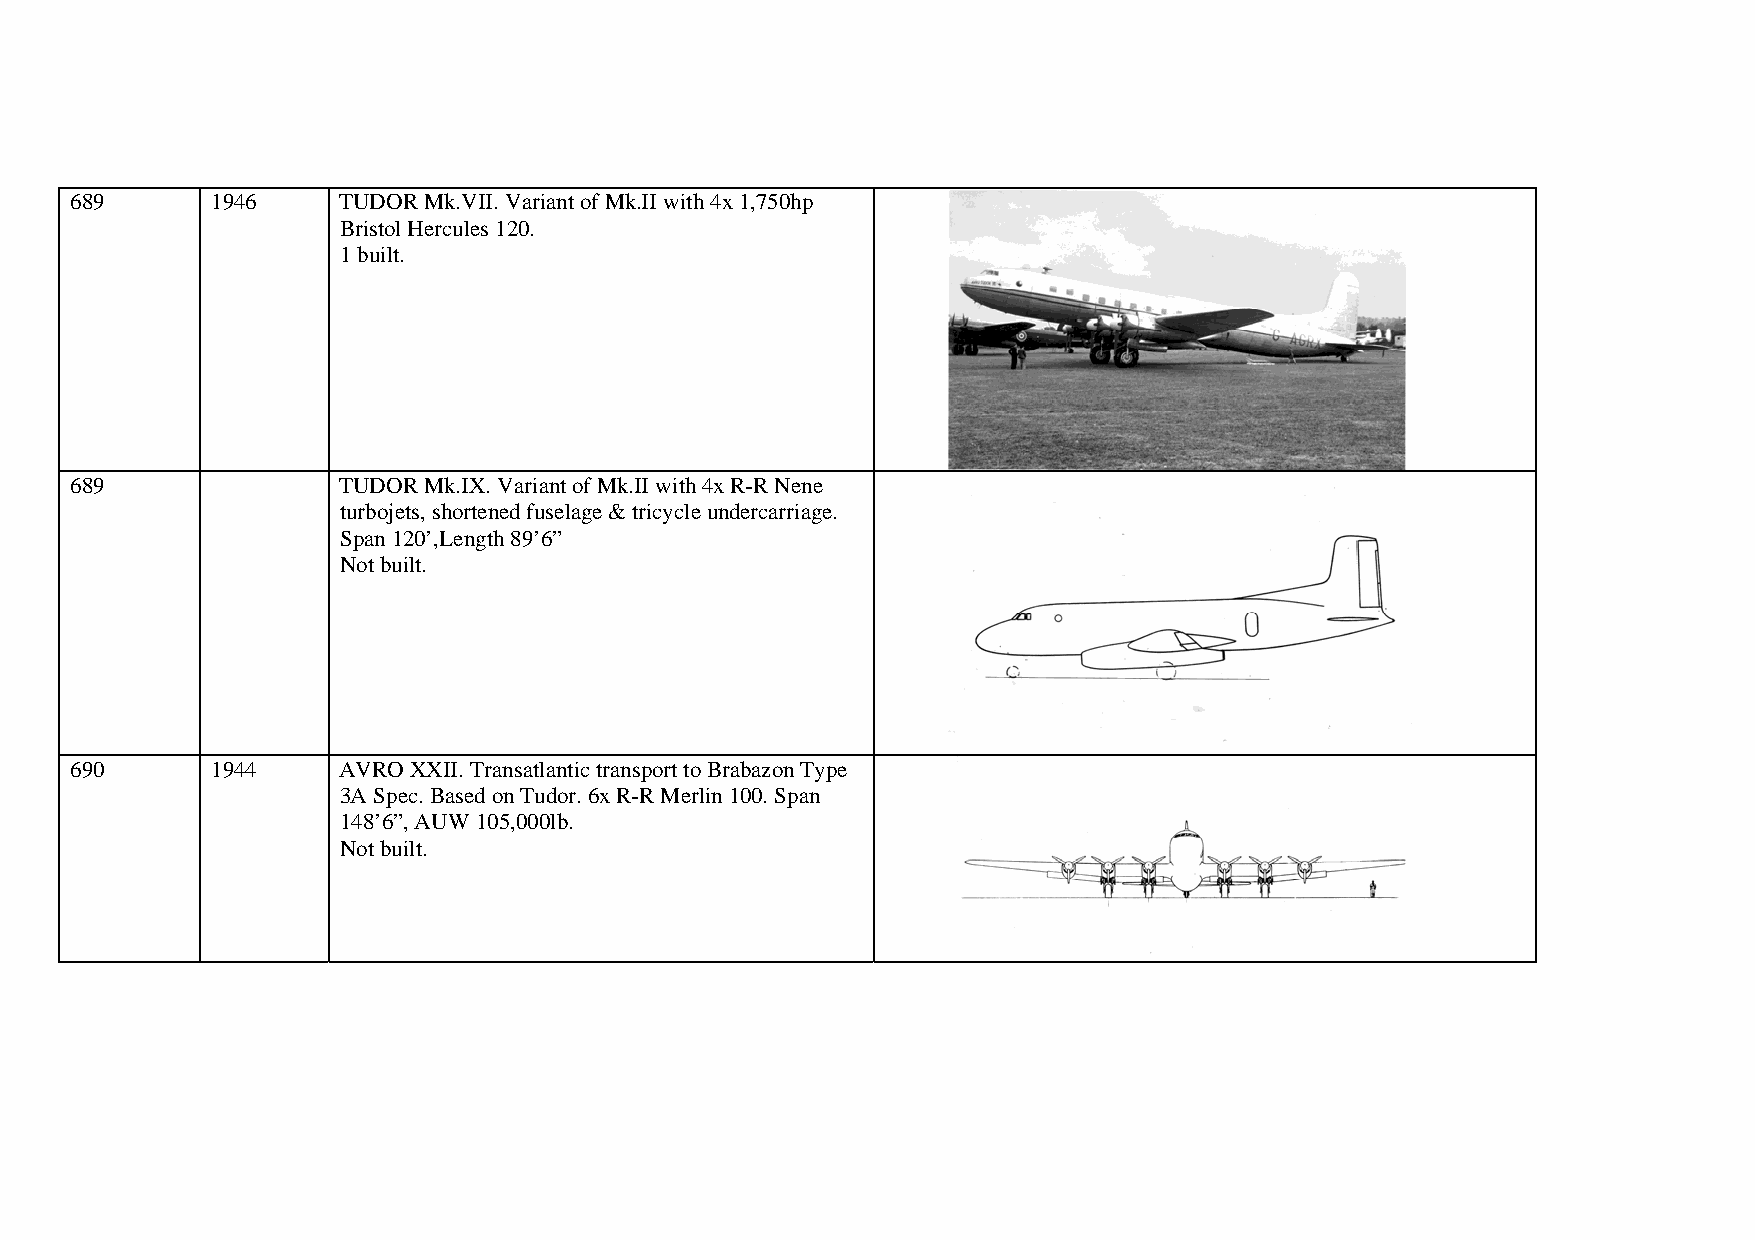
689      1946    TUDOR Mk.VII. Variant of Mk.II with 4x 1,750hp
 Bristol Hercules 120.
 1 built.
 689              TUDOR Mk.IX. Variant of Mk.II with 4x R-R Nene
 turbojets, shortened fuselage & tricycle undercarriage.
 Span 120’,Length 89’6”
 Not built.
 690      1944    AVRO XXII. Transatlantic transport to Brabazon Type
 3A Spec. Based on Tudor. 6x R-R Merlin 100. Span
 148’6”, AUW 105,000lb.
 Not built.